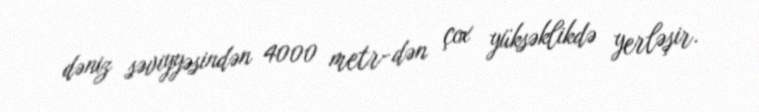
dəniz səviyyəsindən 4000 metr-dən çox yüksəklikdə yerləşir.